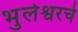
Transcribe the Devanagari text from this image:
भुलेश्वरचे